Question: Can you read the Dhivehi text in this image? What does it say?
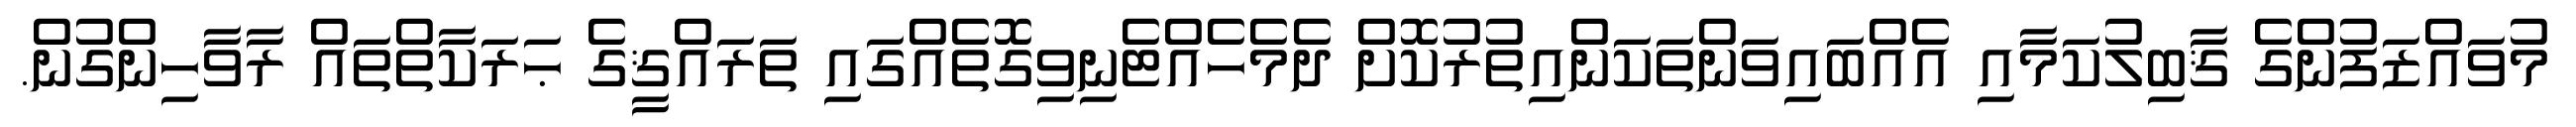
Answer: މުވައްޒަފުންގެ ޤާބިލުކަމާއި އެއްބައިވަންތަކަންއިތުރުކޮށް ދެމެހެއްޓެނިވިގޮތެއްގައި ތަރައްޤީގެ ޙަރަކާތްތައް ރާވާހިންގުން.